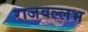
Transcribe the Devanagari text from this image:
राजवल्‍लभ